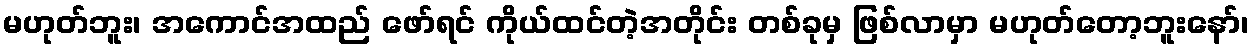
မဟုတ်ဘူး၊ အကောင်အထည် ဖော်ရင် ကိုယ်ထင်တဲ့အတိုင်း တစ်ခုမှ ဖြစ်လာမှာ မဟုတ်တော့ဘူးနော်၊